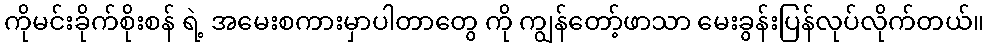
ကိုမင်းခိုက်စိုးစန် ရဲ့ အမေးစကားမှာပါတာတွေ ကို ကျွန်တော့်ဖာသာ မေးခွန်းပြန်လုပ်လိုက်တယ်။